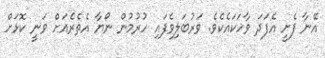
އޭނާ ފެށީ އެފަދަ ވާހަކައެކެވެ. ވަރުބަލިވެފައި ހުރުމުން ނޯޔާ އެތެރެއަށް ވަނީ ކޮޅަށް